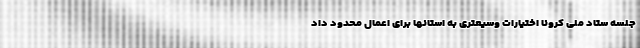
جلسه ستاد ملی کرونا اختیارات وسیعتری به استانها برای اعمال محدود داد